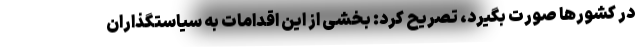
در کشورها صورت بگیرد، تصریح کرد: بخشی از این اقدامات به سیاستگذاران